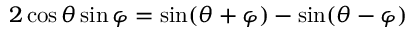
2 \cos \theta \sin \varphi = { \sin ( \theta + \varphi ) - \sin ( \theta - \varphi ) }